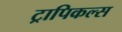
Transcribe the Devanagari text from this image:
ट्रापिकल्स